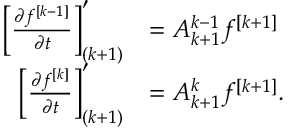
\begin{array} { r l } { \left[ \ensuremath { \frac { \partial f ^ { [ k - 1 ] } } { \partial t } } \right] _ { ( k + 1 ) } ^ { \prime } } & { = A _ { k + 1 } ^ { k - 1 } f ^ { [ k + 1 ] } } \\ { \left[ \ensuremath { \frac { \partial f ^ { [ k ] } } { \partial t } } \right] _ { ( k + 1 ) } ^ { \prime } } & { = A _ { k + 1 } ^ { k } f ^ { [ k + 1 ] } . } \end{array}